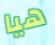
هيا